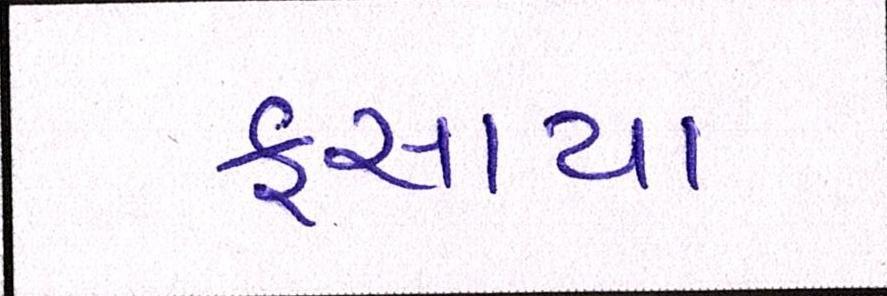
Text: ફસાયા